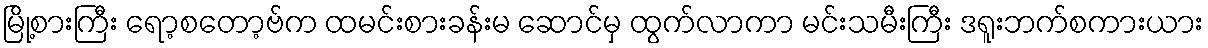
မြို့စားကြီး ရော့စတော့ဗ်က ထမင်းစားခန်းမ ဆောင်မှ ထွက်လာကာ မင်းသမီးကြီး ဒရူးဘက်စကားယား